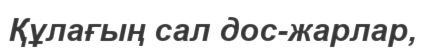
Құлағың сал дос-жарлар,